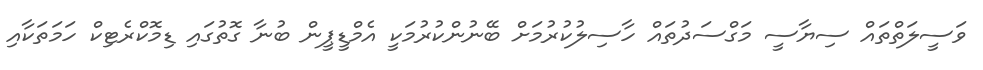
ވަސީލަތްތައް ސިޔާސީ މަގްސަދުތައް ހާސިލުކުރުމަށް ބޭނުންކުރުމަކީ އެމްޑީޕީން ބުނާ ގޮތުގައި ޑިމޮކްރެޓިކް ހަމަތަކާއި